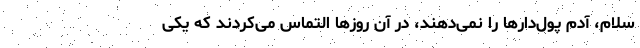
سلام، آدم پول‌دارها را نمی‌دهند، در آن روزها التماس می‌کردند که یکی